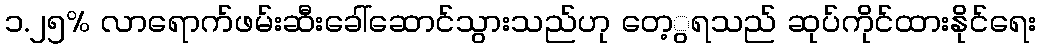
၁.၂၅% လာရောက်ဖမ်းဆီးခေါ်ဆောင်သွားသည်ဟု တေ့ွရသည် ဆုပ်ကိုင်ထားနိုင်ရေး